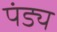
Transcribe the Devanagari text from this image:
पंड्य